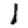
Digit: 1